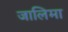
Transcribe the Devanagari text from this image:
जालिमा